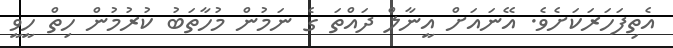
އެތިފަހަރަކަށެވެ. އޭނައަށް އީނާލް ދައްތަ ގެ ނަމުން މުހާތަބު ކުރުމުން ހިތް ހީވީ